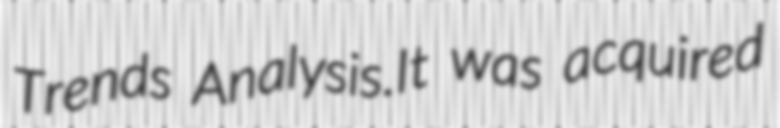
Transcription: Trends Analysis.It was acquired